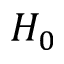
H _ { 0 }